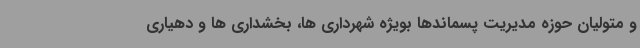
و متولیان حوزه مدیریت پسماندها بویژه شهرداری ها، بخشداری ها و دهیاری